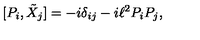
[ P _ { i } , \tilde { X } _ { j } ] = - i \delta _ { i j } - i \ell ^ { 2 } P _ { i } P _ { j } ,